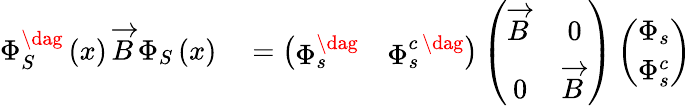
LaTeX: \begin{array}{rl}{\Phi_{S}^{\dag}\left(x\right)\, \overrightarrow{B}\, \Phi_{S}\left(x\right)}&{{}=\left(\begin{array}{cc}{\Phi_{s}^{\dag}}&{\Phi_{s}^{c\, \dag}}\end{array}\right)\left(\begin{array}{cc}{\overrightarrow{B}\, }&{0}\\ {0}&{\overrightarrow{B}\, }\end{array}\right)\left(\begin{array}{c}{\Phi_{s}}\\ {\Phi_{s}^{c}}\end{array}\right)}\end{array}